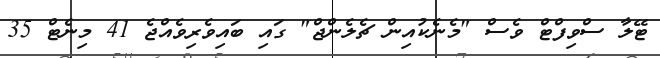
ޓޭލާ ސްވިފްޓް ވެސް "މެނެކުއިން ޗެލެންޖް" ގައި ބައިވެރިވެއްޖެ 41 މިނެޓް 35